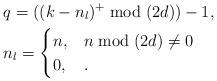
LaTeX: \begin{align*}&q=((k-n_l)^+\bmod(2d))-1, \\ &n_l=\begin{cases}n_{},& n\bmod(2d)\neq 0\\0,& .\end{cases}\end{align*}